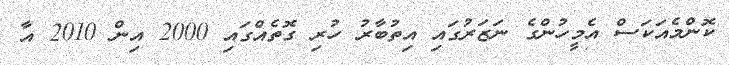
ކޮންމެއަކަސް އެމީހުންގެ ނަޒަރުގައި އިތުބާރު ހުރި ގޮތެއްގައި 2000 އިން 2010 އާ